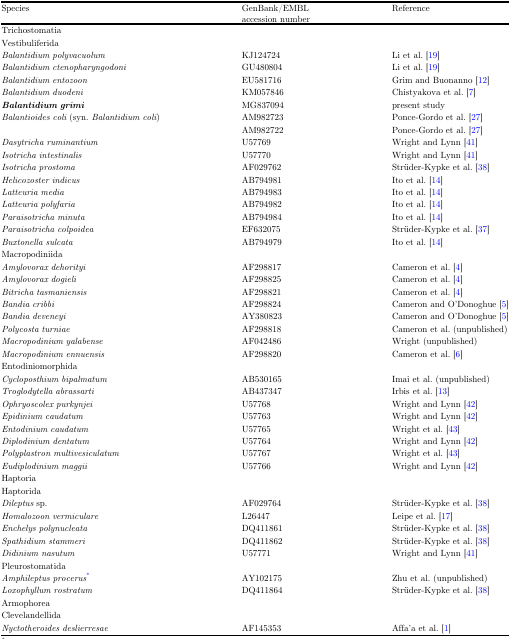
<table><thead><tr><td><b>Species</b></td><td><b>GenBank/EMBL accession number</b></td><td><b>Reference</b></td></tr></thead><tbody><tr><td>Trichostomatia</td><td> </td><td> </td></tr><tr><td>Vestibuliferida</td><td> </td><td> </td></tr><tr><td><i>Balantidium polyvacuolum</i></td><td>KJ124724</td><td>Li et al. [19]</td></tr><tr><td><i>Balantidium ctenopharyngodoni</i></td><td>GU480804</td><td>Li et al. [19]</td></tr><tr><td><i>Balantidium entozoon</i></td><td>EU581716</td><td>Grim and Buonanno [12]</td></tr><tr><td><i>Balantidium duodeni</i></td><td>KM057846</td><td>Chistyakova et al. [7]</td></tr><tr><td><b><i>Balantidium grimi</i></b></td><td>MG837094</td><td>present study</td></tr><tr><td><i>Balantioides coli</i> (syn. <i>Balantidium coli</i>)</td><td>AM982723</td><td>Ponce-Gordo et al. [27]</td></tr><tr><td> </td><td>AM982722</td><td>Ponce-Gordo et al. [27]</td></tr><tr><td><i>Dasytricha ruminantium</i></td><td>U57769</td><td>Wright and Lynn [41]</td></tr><tr><td><i>Isotricha intestinalis</i></td><td>U57770</td><td>Wright and Lynn [41]</td></tr><tr><td><i>Isotricha prostoma</i></td><td>AF029762</td><td>Strüder-Kypke et al. [38]</td></tr><tr><td><i>Helicozoster indicus</i></td><td>AB794981</td><td>Ito et al. [14]</td></tr><tr><td><i>Latteuria media</i></td><td>AB794983</td><td>Ito et al. [14]</td></tr><tr><td><i>Latteuria polyfaria</i></td><td>AB794982</td><td>Ito et al. [14]</td></tr><tr><td><i>Paraisotricha minuta</i></td><td>AB794984</td><td>Ito et al. [14]</td></tr><tr><td><i>Paraisotricha colpoidea</i></td><td>EF632075</td><td>Strüder-Kypke et al. [37]</td></tr><tr><td><i>Buxtonella sulcata</i></td><td>AB794979</td><td>Ito et al. [14]</td></tr><tr><td>Macropodiniida</td><td> </td><td> </td></tr><tr><td><i>Amylovorax dehorityi</i></td><td>AF298817</td><td>Cameron et al. [4]</td></tr><tr><td><i>Amylovorax dogieli</i></td><td>AF298825</td><td>Cameron et al. [4]</td></tr><tr><td><i>Bitricha tasmaniensis</i></td><td>AF298821</td><td>Cameron et al. [4]</td></tr><tr><td><i>Bandia cribbi</i></td><td>AF298824</td><td>Cameron and O’Donoghue [5]</td></tr><tr><td><i>Bandia deveneyi</i></td><td>AY380823</td><td>Cameron and O’Donoghue [5]</td></tr><tr><td><i>Polycosta turniae</i></td><td>AF298818</td><td>Cameron et al. (unpublished)</td></tr><tr><td><i>Macropodinium yalabense</i></td><td>AF042486</td><td>Wright (unpublished)</td></tr><tr><td><i>Macropodinium ennuensis</i></td><td>AF298820</td><td>Cameron et al. [6]</td></tr><tr><td>Entodiniomorphida</td><td> </td><td> </td></tr><tr><td><i>Cycloposthium bipalmatum</i></td><td>AB530165</td><td>Imai et al. (unpublished)</td></tr><tr><td><i>Troglodytella abrassarti</i></td><td>AB437347</td><td>Irbis et al. [13]</td></tr><tr><td><i>Ophryoscolex purkynjei</i></td><td>U57768</td><td>Wright and Lynn [42]</td></tr><tr><td><i>Epidinium caudatum</i></td><td>U57763</td><td>Wright and Lynn [42]</td></tr><tr><td><i>Entodinium caudatum</i></td><td>U57765</td><td>Wright et al. [43]</td></tr><tr><td><i>Diplodinium dentatum</i></td><td>U57764</td><td>Wright and Lynn [42]</td></tr><tr><td><i>Polyplastron multivesiculatum</i></td><td>U57767</td><td>Wright et al. [43]</td></tr><tr><td><i>Eudiplodinium maggii</i></td><td>U57766</td><td>Wright and Lynn [42]</td></tr><tr><td>Haptoria</td><td> </td><td> </td></tr><tr><td>Haptorida</td><td> </td><td> </td></tr><tr><td><i>Dileptus</i> sp.</td><td>AF029764</td><td>Strüder-Kypke et al. [38]</td></tr><tr><td><i>Homalozoon vermiculare</i></td><td>L26447</td><td>Leipe et al. [17]</td></tr><tr><td><i>Enchelys polynucleata</i></td><td>DQ411861</td><td>Strüder-Kypke et al. [38]</td></tr><tr><td><i>Spathidium stammeri</i></td><td>DQ411862</td><td>Strüder-Kypke et al. [38]</td></tr><tr><td><i>Didinium nasutum</i></td><td>U57771</td><td>Wright and Lynn [41]</td></tr><tr><td>Pleurostomatida</td><td> </td><td> </td></tr><tr><td><i>Amphileptus procerus</i>*</td><td>AY102175</td><td>Zhu et al. (unpublished)</td></tr><tr><td><i>Loxophyllum rostratum</i></td><td>DQ411864</td><td>Strüder-Kypke et al. [38]</td></tr><tr><td>Armophorea</td><td> </td><td> </td></tr><tr><td>Clevelandellida</td><td> </td><td> </td></tr><tr><td><i>Nyctotheroides deslierresae</i></td><td>AF145353</td><td>Affa’a et al. [1]</td></tr></tbody></table>